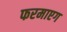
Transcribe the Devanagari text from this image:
फरमाएग